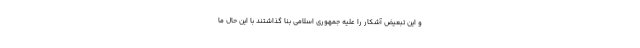
و این تبعیض آشکار را علیه جمهوری اسلامی بنا گذاشتند با این حال ما